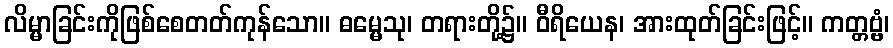
လိမ္မာခြင်းကိုဖြစ်စေတတ်ကုန်သော။ ဓမ္မေသု၊ တရားတို့၌။ ဝီရိယေန၊ အားထုတ်ခြင်းဖြင့်။ ကတ္တဗ္ဗံ၊